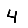
Digit: 4